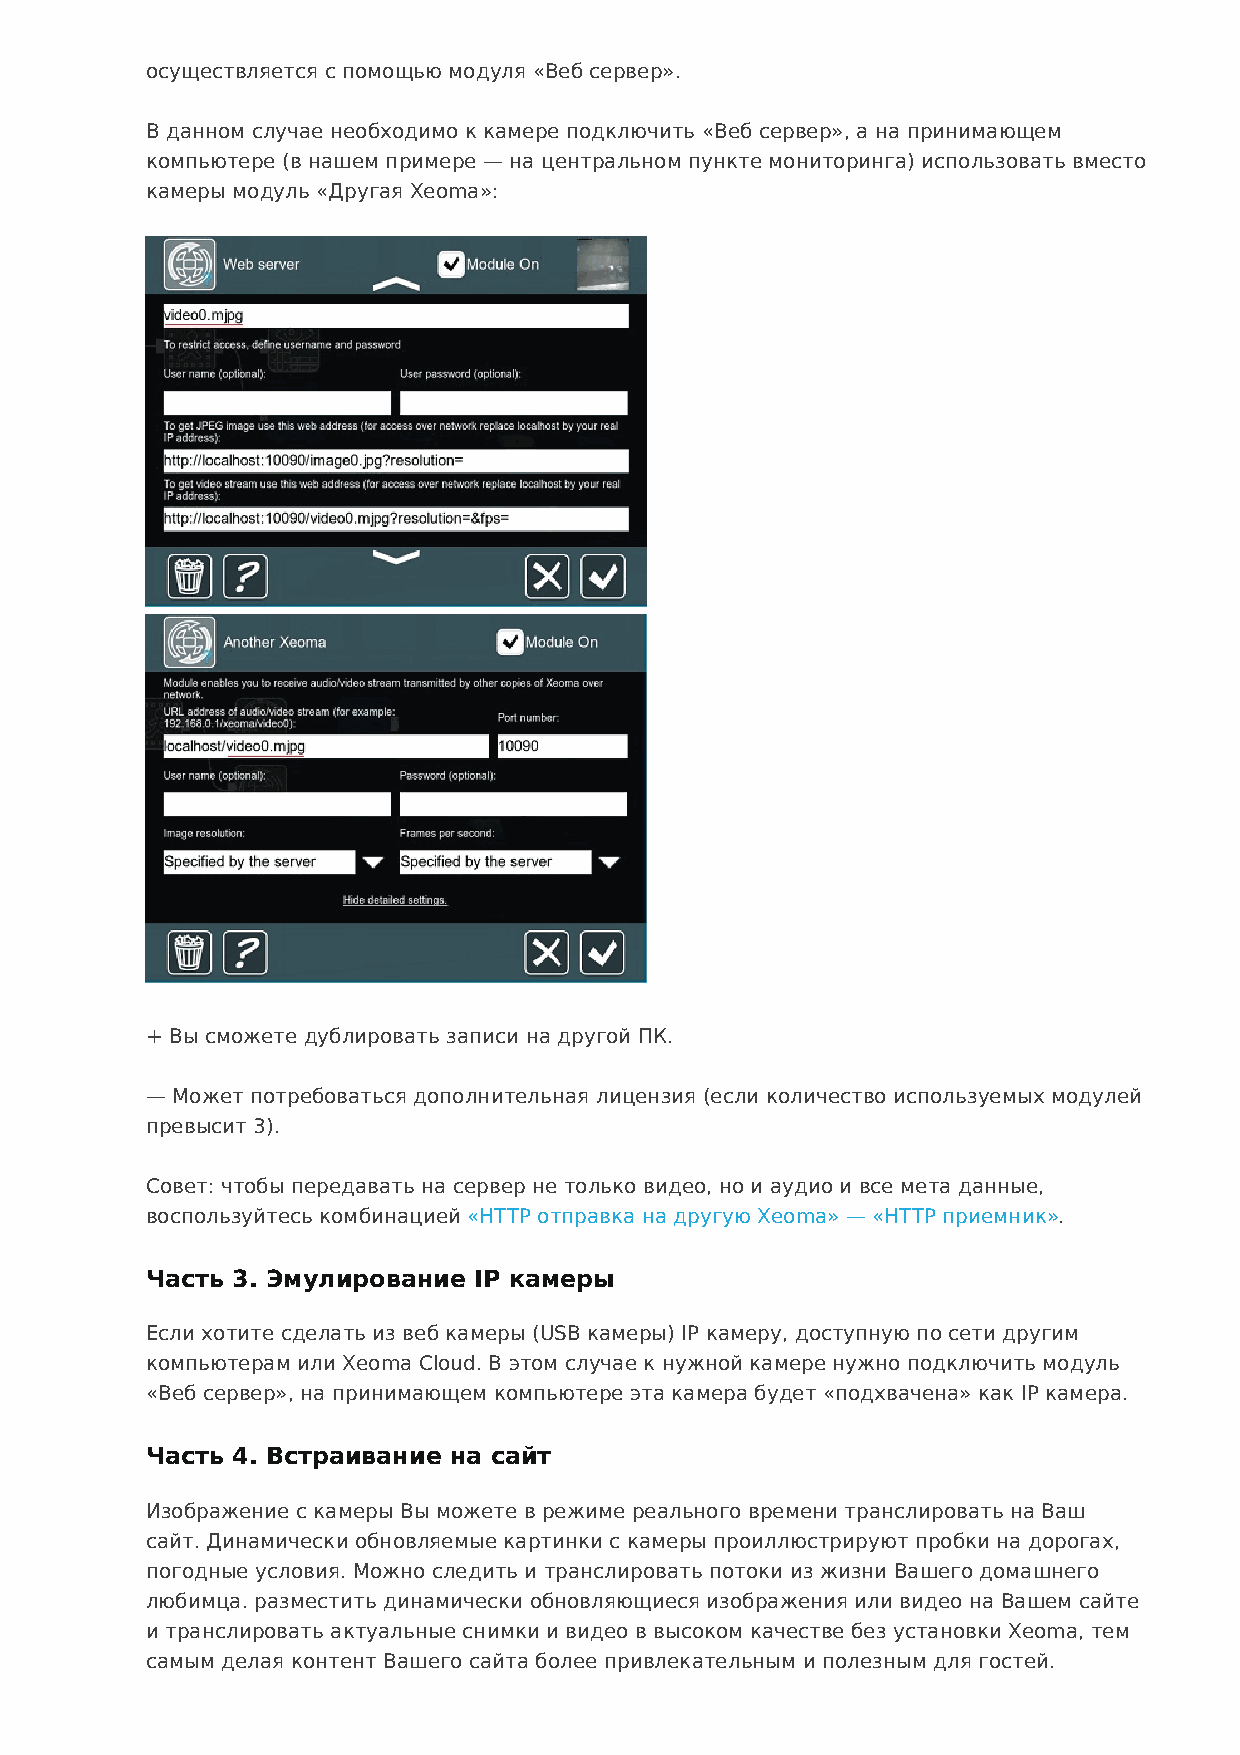
осуществляется с помощью модуля «Веб сервер».
 В данном случае необходимо к камере подключить «Веб сервер», а на принимающем
 компьютере (в нашем примере — на центральном пункте мониторинга) использовать вместо
 камеры модуль «Другая Xeoma»:
 + Вы сможете дублировать записи на другой ПК.
 — Может потребоваться дополнительная лицензия (если количество используемых модулей
 превысит 3).
 Совет: чтобы передавать на сервер не только видео, но и аудио и все мета данные,
 воспользуйтесь комбинацией «HTTP отправка на другую Xeoma» — «HTTP приемник».
 Часть 3. Эмулирование IP камеры
 Если хотите сделать из веб камеры (USB камеры) IP камеру, доступную по сети другим
 компьютерам или Xeoma Cloud. В этом случае к нужной камере нужно подключить модуль
 «Веб сервер», на принимающем компьютере эта камера будет «подхвачена» как IP камера.
 Часть 4. Встраивание на сайт
 Изображение с камеры Вы можете в режиме реального времени транслировать на Ваш
 сайт. Динамически обновляемые картинки с камеры проиллюстрируют пробки на дорогах,
 погодные условия. Можно следить и транслировать потоки из жизни Вашего домашнего
 любимца. разместить динамически обновляющиеся изображения или видео на Вашем сайте
 и транслировать актуальные снимки и видео в высоком качестве без установки Xeoma, тем
 самым делая контент Вашего сайта более привлекательным и полезным для гостей.